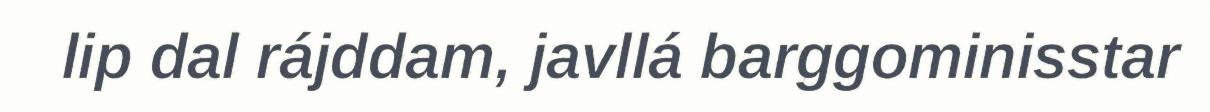
lip dal rájddam, javllá barggominisstar